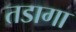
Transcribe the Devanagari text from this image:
तडागा